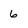
Character: 6